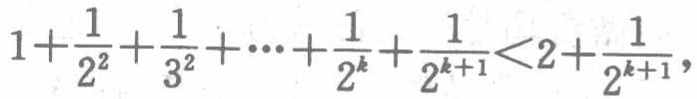
\(1+\frac{1}{2^{2}}+\frac{1}{3^{2}}+\cdots+\frac{1}{2^{k}}+\frac{1}{2^{k + 1}}<2+\frac{1}{2^{k+1}}\)